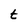
Character: t